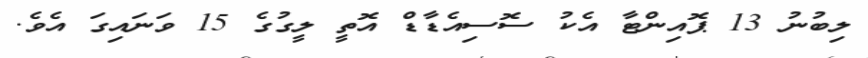
ލިބުނު 13 ޕޮއިންޓާ އެކު ސޮސިއެޑާޑް އޮތީ ލީގުގެ 15 ވަނައިގަ އެވެ.